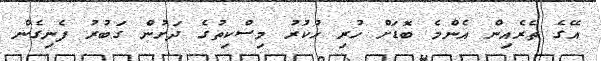
އޭގެ ތެރެއިން އެންމެ ބޮޑަށް ހުރި ހުކުރު މިސްކިތުގެ ދަށުން ގަބުރު ފެނިގެން